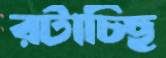
রটাচ্ছি